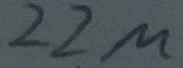
Text: 22µ